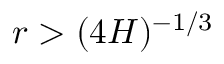
r > ( 4 H ) ^ { - 1 / 3 }